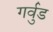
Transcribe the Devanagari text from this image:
गर्वुड